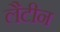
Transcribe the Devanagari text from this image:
लैटीन